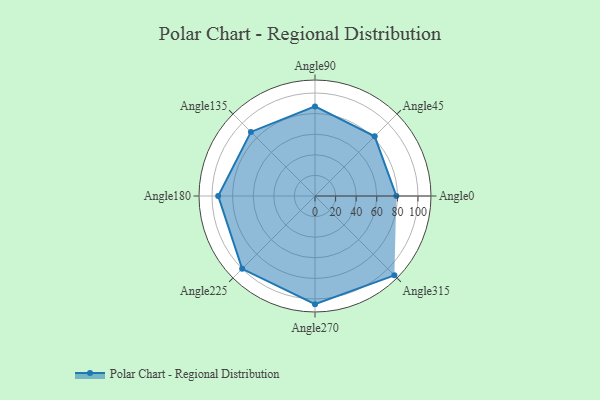
{"axis": {"x": "Angle", "y": "Radius"}, "legend": [""], "data": [{"x": "Angle0", "y": 79.0, "type": ""}, {"x": "Angle45", "y": 82.0, "type": ""}, {"x": "Angle90", "y": 87.0, "type": ""}, {"x": "Angle135", "y": 88.0, "type": ""}, {"x": "Angle180", "y": 94.0, "type": ""}, {"x": "Angle225", "y": 100.0, "type": ""}, {"x": "Angle270", "y": 105.0, "type": ""}, {"x": "Angle315", "y": 109.0, "type": ""}]}